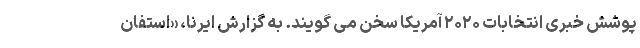
پوشش خبری انتخابات ۲۰۲۰ آمریکا سخن می گویند. به گزارش ایرنا، «استفان